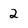
Character: 2